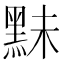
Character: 䵢